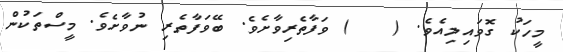
މީހަކު ގޮވައިލިއެވެ. (   ) ވަފާތެރިވާށެވެ. ބޭވަފާތެރި ނުވާށެވެ. މީސްތަކުން